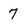
Character: 7